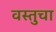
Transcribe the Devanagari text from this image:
वस्तुचा